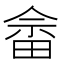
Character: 畲